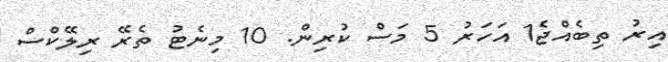
އިރު ތިބެއްޖެ1 އަހަރު 5 މަސް ކުރިން. 10 މިނެޓު ތެރޭ ރިލޭކްސް